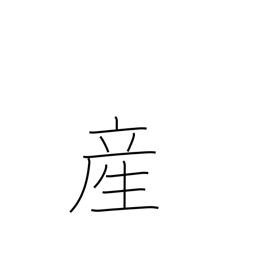
Meaning: childbirth